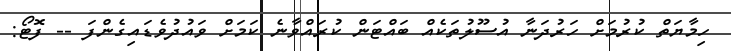
ހިމާޔަތް ކުރުމަށް ހަރުދަނާ އުސޫލުތަކެއް ބައްޓަން ކުރައްވާނެ ކަމަށް ވައުދުވެޑައިގެންފަ -- ފޮޓޯ: